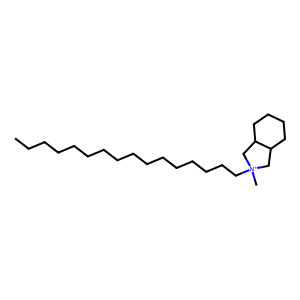
SMILES: CCCCCCCCCCCCCCCC[N+]1(C)CC2CCCCC2C1
Inhibits HIV replication: No